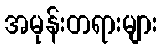
အမုန်းတရားများ